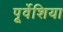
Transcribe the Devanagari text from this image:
पूर्वेशिया